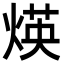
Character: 煐